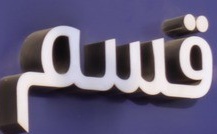
قسم